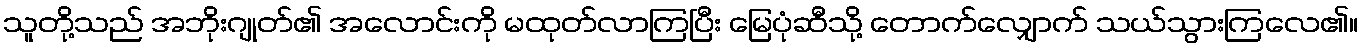
သူတို့သည် အဘိုးဂျုတ်၏ အလောင်းကို မထုတ်လာကြပြီး မြေပုံဆီသို့ တောက်လျှောက် သယ်သွားကြလေ၏။